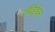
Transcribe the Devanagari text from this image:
जैवैईंधन